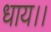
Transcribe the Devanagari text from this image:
धाय।।